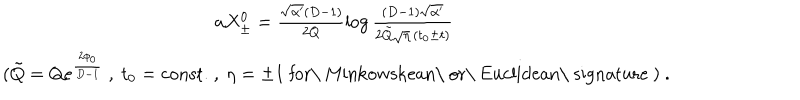
LaTeX: \begin{array} { c } { { a X _ { \pm } ^ { 0 } = \frac { \sqrt { \alpha ^ { \prime } } ( D - 1 ) } { 2 Q } \log \frac { ( D - 1 ) \sqrt { \alpha ^ { \prime } } } { 2 \tilde { Q } \sqrt { \eta } \, ( t _ { 0 } \pm t ) } } } \\ { { \ \hfill ( \tilde { Q } = Q e ^ { \frac { 2 \phi _ { 0 } } { D - 1 } } \ , \ t _ { 0 } = \mathrm { c o n s t . } \ , \ \eta = \pm 1 \ \mathrm { f o r \ M i n k o w s k e a n \ o r \ E u c l i d e a n \ s i g n a t u r e } \ ) \ . } } \\ \end{array}